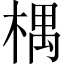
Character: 𣕃